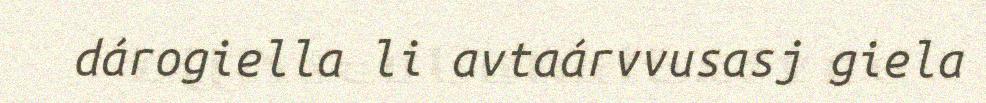
dárogiella li avtaárvvusasj giela